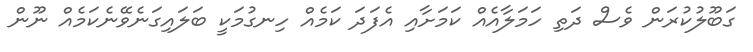
ގަބޫލުކުރަން ވެސް ދަތި ހަމަލާއެއް ކަމަށާއި އެފަދަ ކަމެއް ހިނގުމަކީ ބަލައިގަނެވޭނެކަމެއް ނޫން